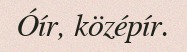
Óír, középír.